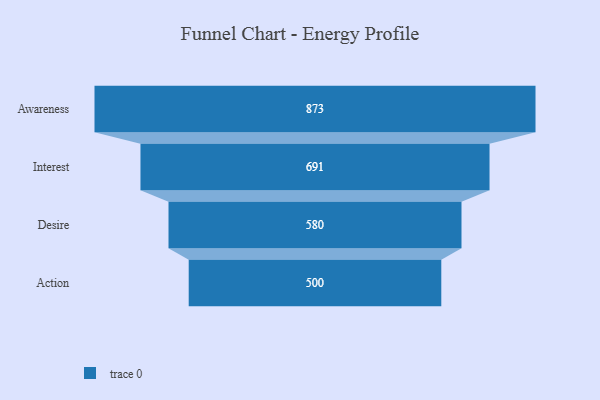
{"axis": {"x": "Stage", "y": "Value"}, "legend": [""], "data": [{"x": "Awareness", "y": 873.0, "type": ""}, {"x": "Interest", "y": 691.0, "type": ""}, {"x": "Desire", "y": 580.0, "type": ""}, {"x": "Action", "y": 500, "type": ""}]}